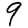
Digit: 9